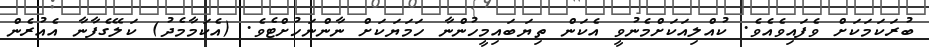
ބުރަކަމަކަށް ވެފައިވެއެވެ. ކުއްލިއަކަށްމެނުވީ އެކަން ތިޔަބައިމީހުންނާ ހަމަޔަކަށް ނާންނަހުށްޓެވެ. (އެކަމާމެދު) ކަލޭގެފާނާ އެއުރެން